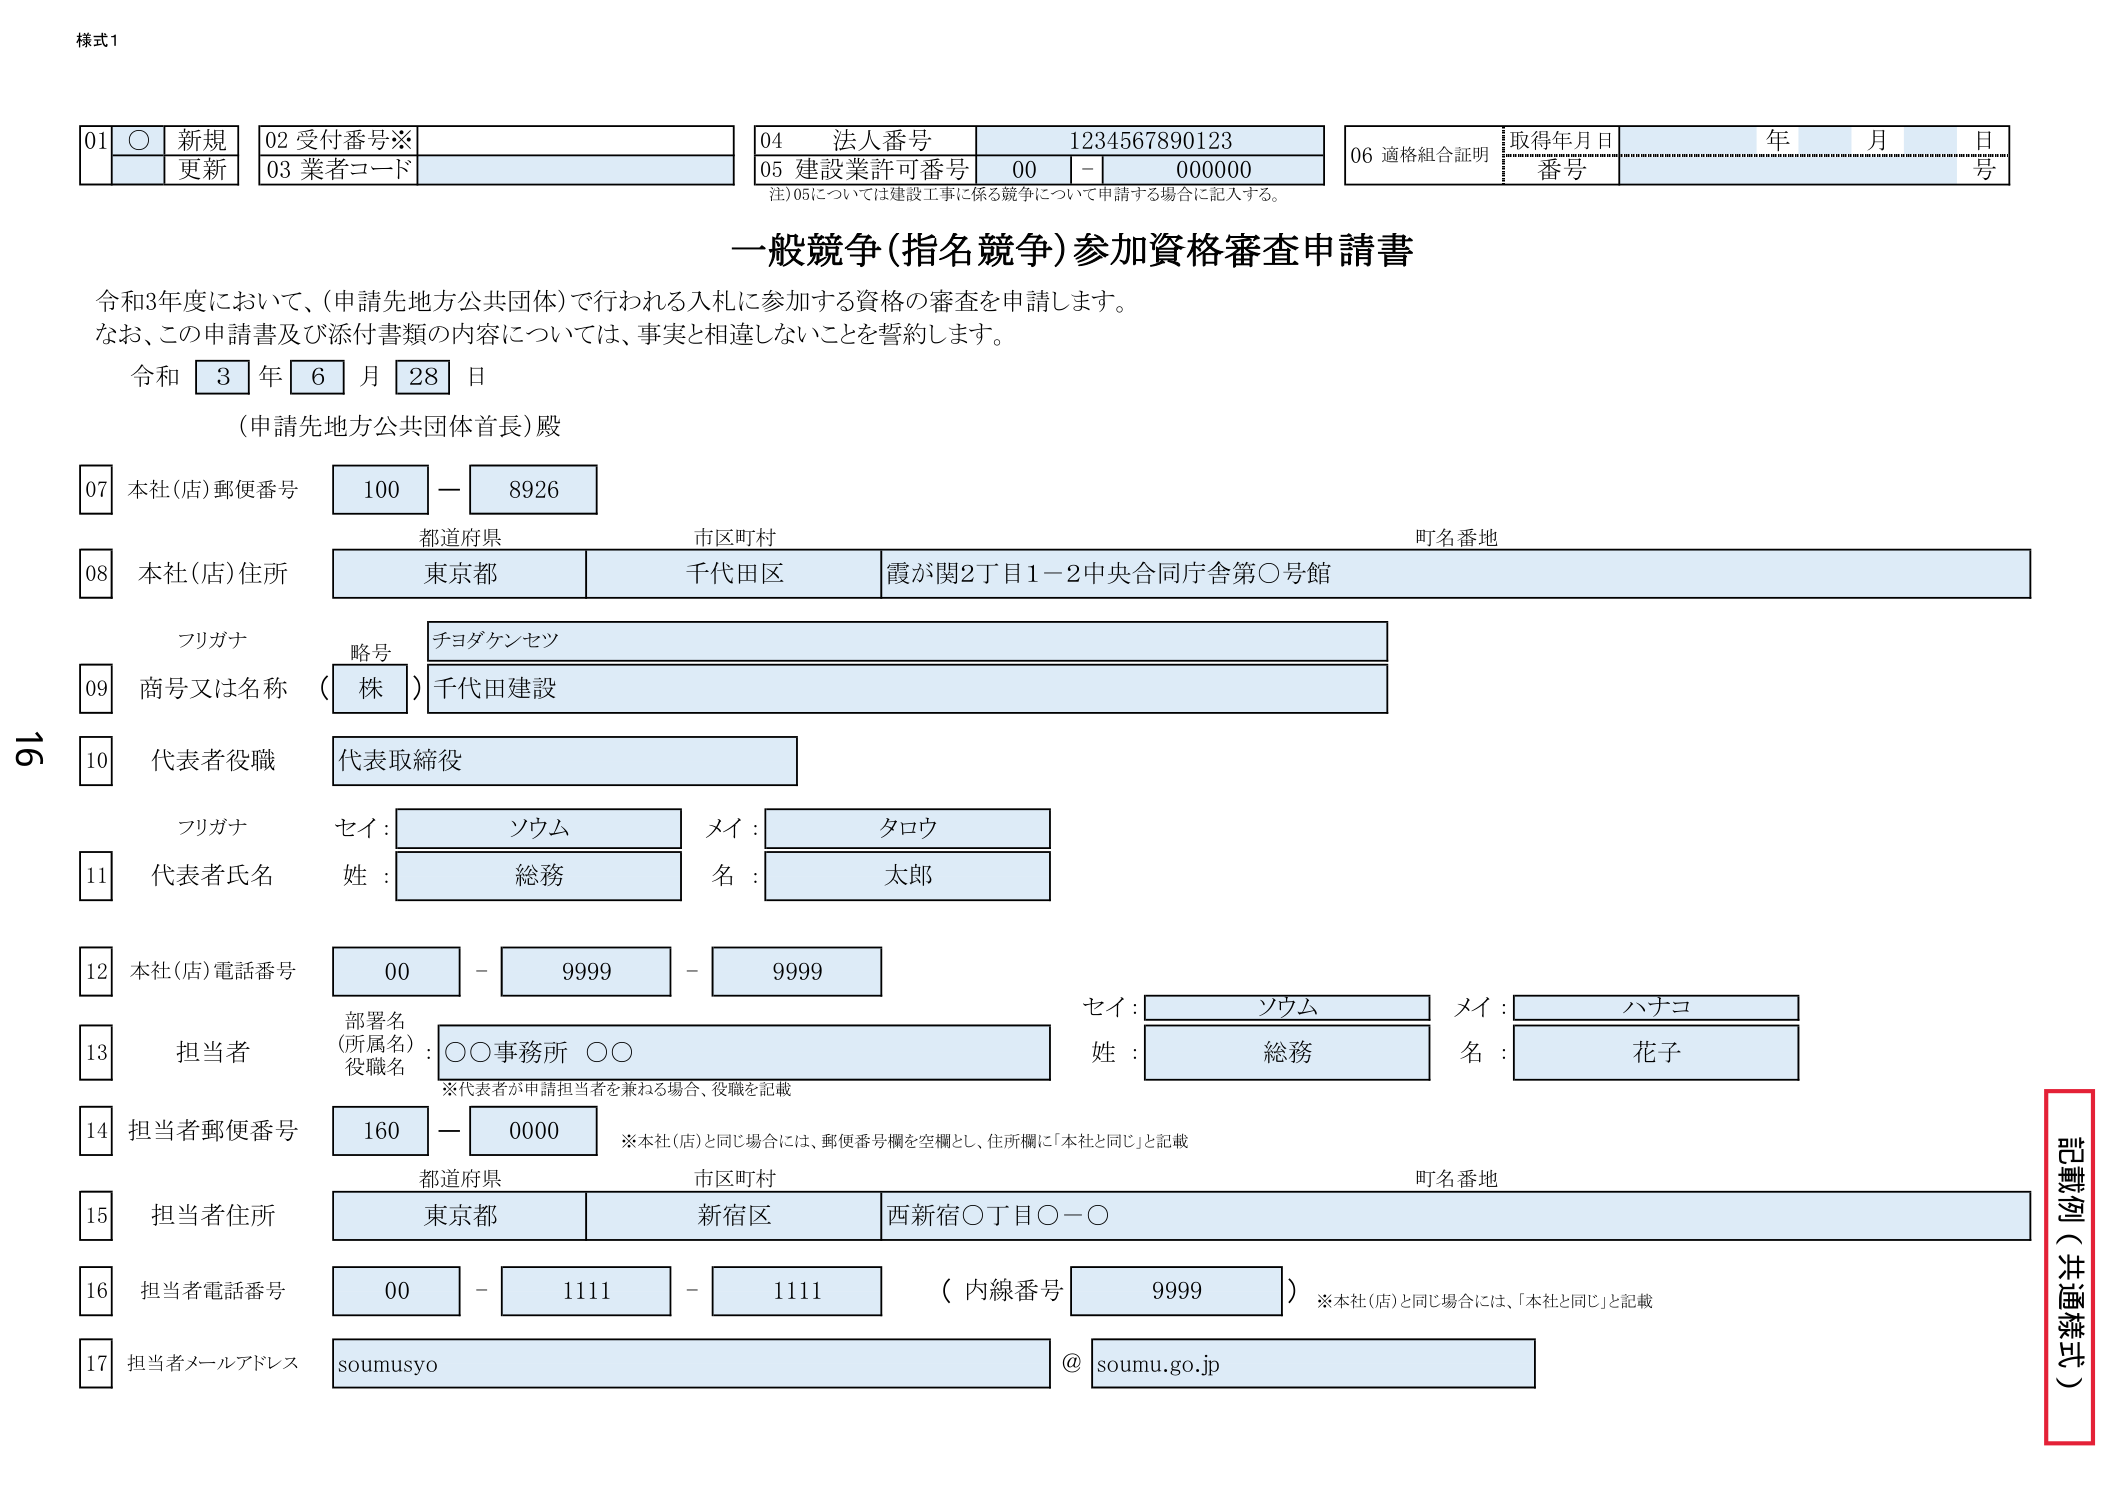
様式1

01 ○ 新規
　　更新
02 受付番号※
03 業者コード
04 法人番号 1234567890123
05 建設業許可番号 00 - 000000
　注）05については建設工事に係る競争について申請する場合に記入する。
06 適格組合証明 取得年月日 年 月 日
　　番号 号

一般競争（指名競争）参加資格審査申請書

令和3年度において、（申請先地方公共団体）で行われる入札に参加する資格の審査を申請します。
なお、この申請書及び添付書類の内容については、事実と相違しないことを誓約します。

令和 3 年 6 月 28 日
（申請先地方公共団体首長）殿

07 本社（店）郵便番号 100 - 8926
　　都道府県 市区町村 町名番地
08 本社（店）住所 東京都 千代田区 霞が関2丁目1-2中央合同庁舎第○号館
　　フリガナ 略号 チヨダケンセツ
09 商号又は名称 （株）千代田建設
10 代表者役職 代表取締役
　　フリガナ セイ： ソウム メイ： タロウ
11 代表者氏名 姓： 総務 名： 太郎
12 本社（店）電話番号 00 - 9999 - 9999
　　部署名（所属名）： ○○事務所 ○○
　　役職名：
　　※代表者が申請担当者を兼ねる場合、役職を記載
　　セイ： ソウム メイ： ハナコ
　　姓： 総務 名： 花子
13 担当者
14 担当者郵便番号 160 - 0000
　　※本社（店）と同じ場合には、郵便番号欄を空欄とし、住所欄に「本社と同じ」と記載
　　都道府県 市区町村 町名番地
15 担当者住所 東京都 新宿区 西新宿○丁目○-○
16 担当者電話番号 00 - 1111 - 1111 （内線番号 9999）
　　※本社（店）と同じ場合には、「本社と同じ」と記載
17 担当者メールアドレス soumusyo @ soumu.go.jp

記載例（共通様式）